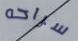
سراحه